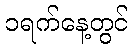
၁ရက်နေ့တွင်